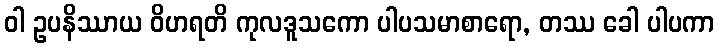
ဝါ ဥပနိဿာယ ဝိဟရတိ ကုလဒူသကော ပါပသမာစာရော, တဿ ခေါ ပါပကာ